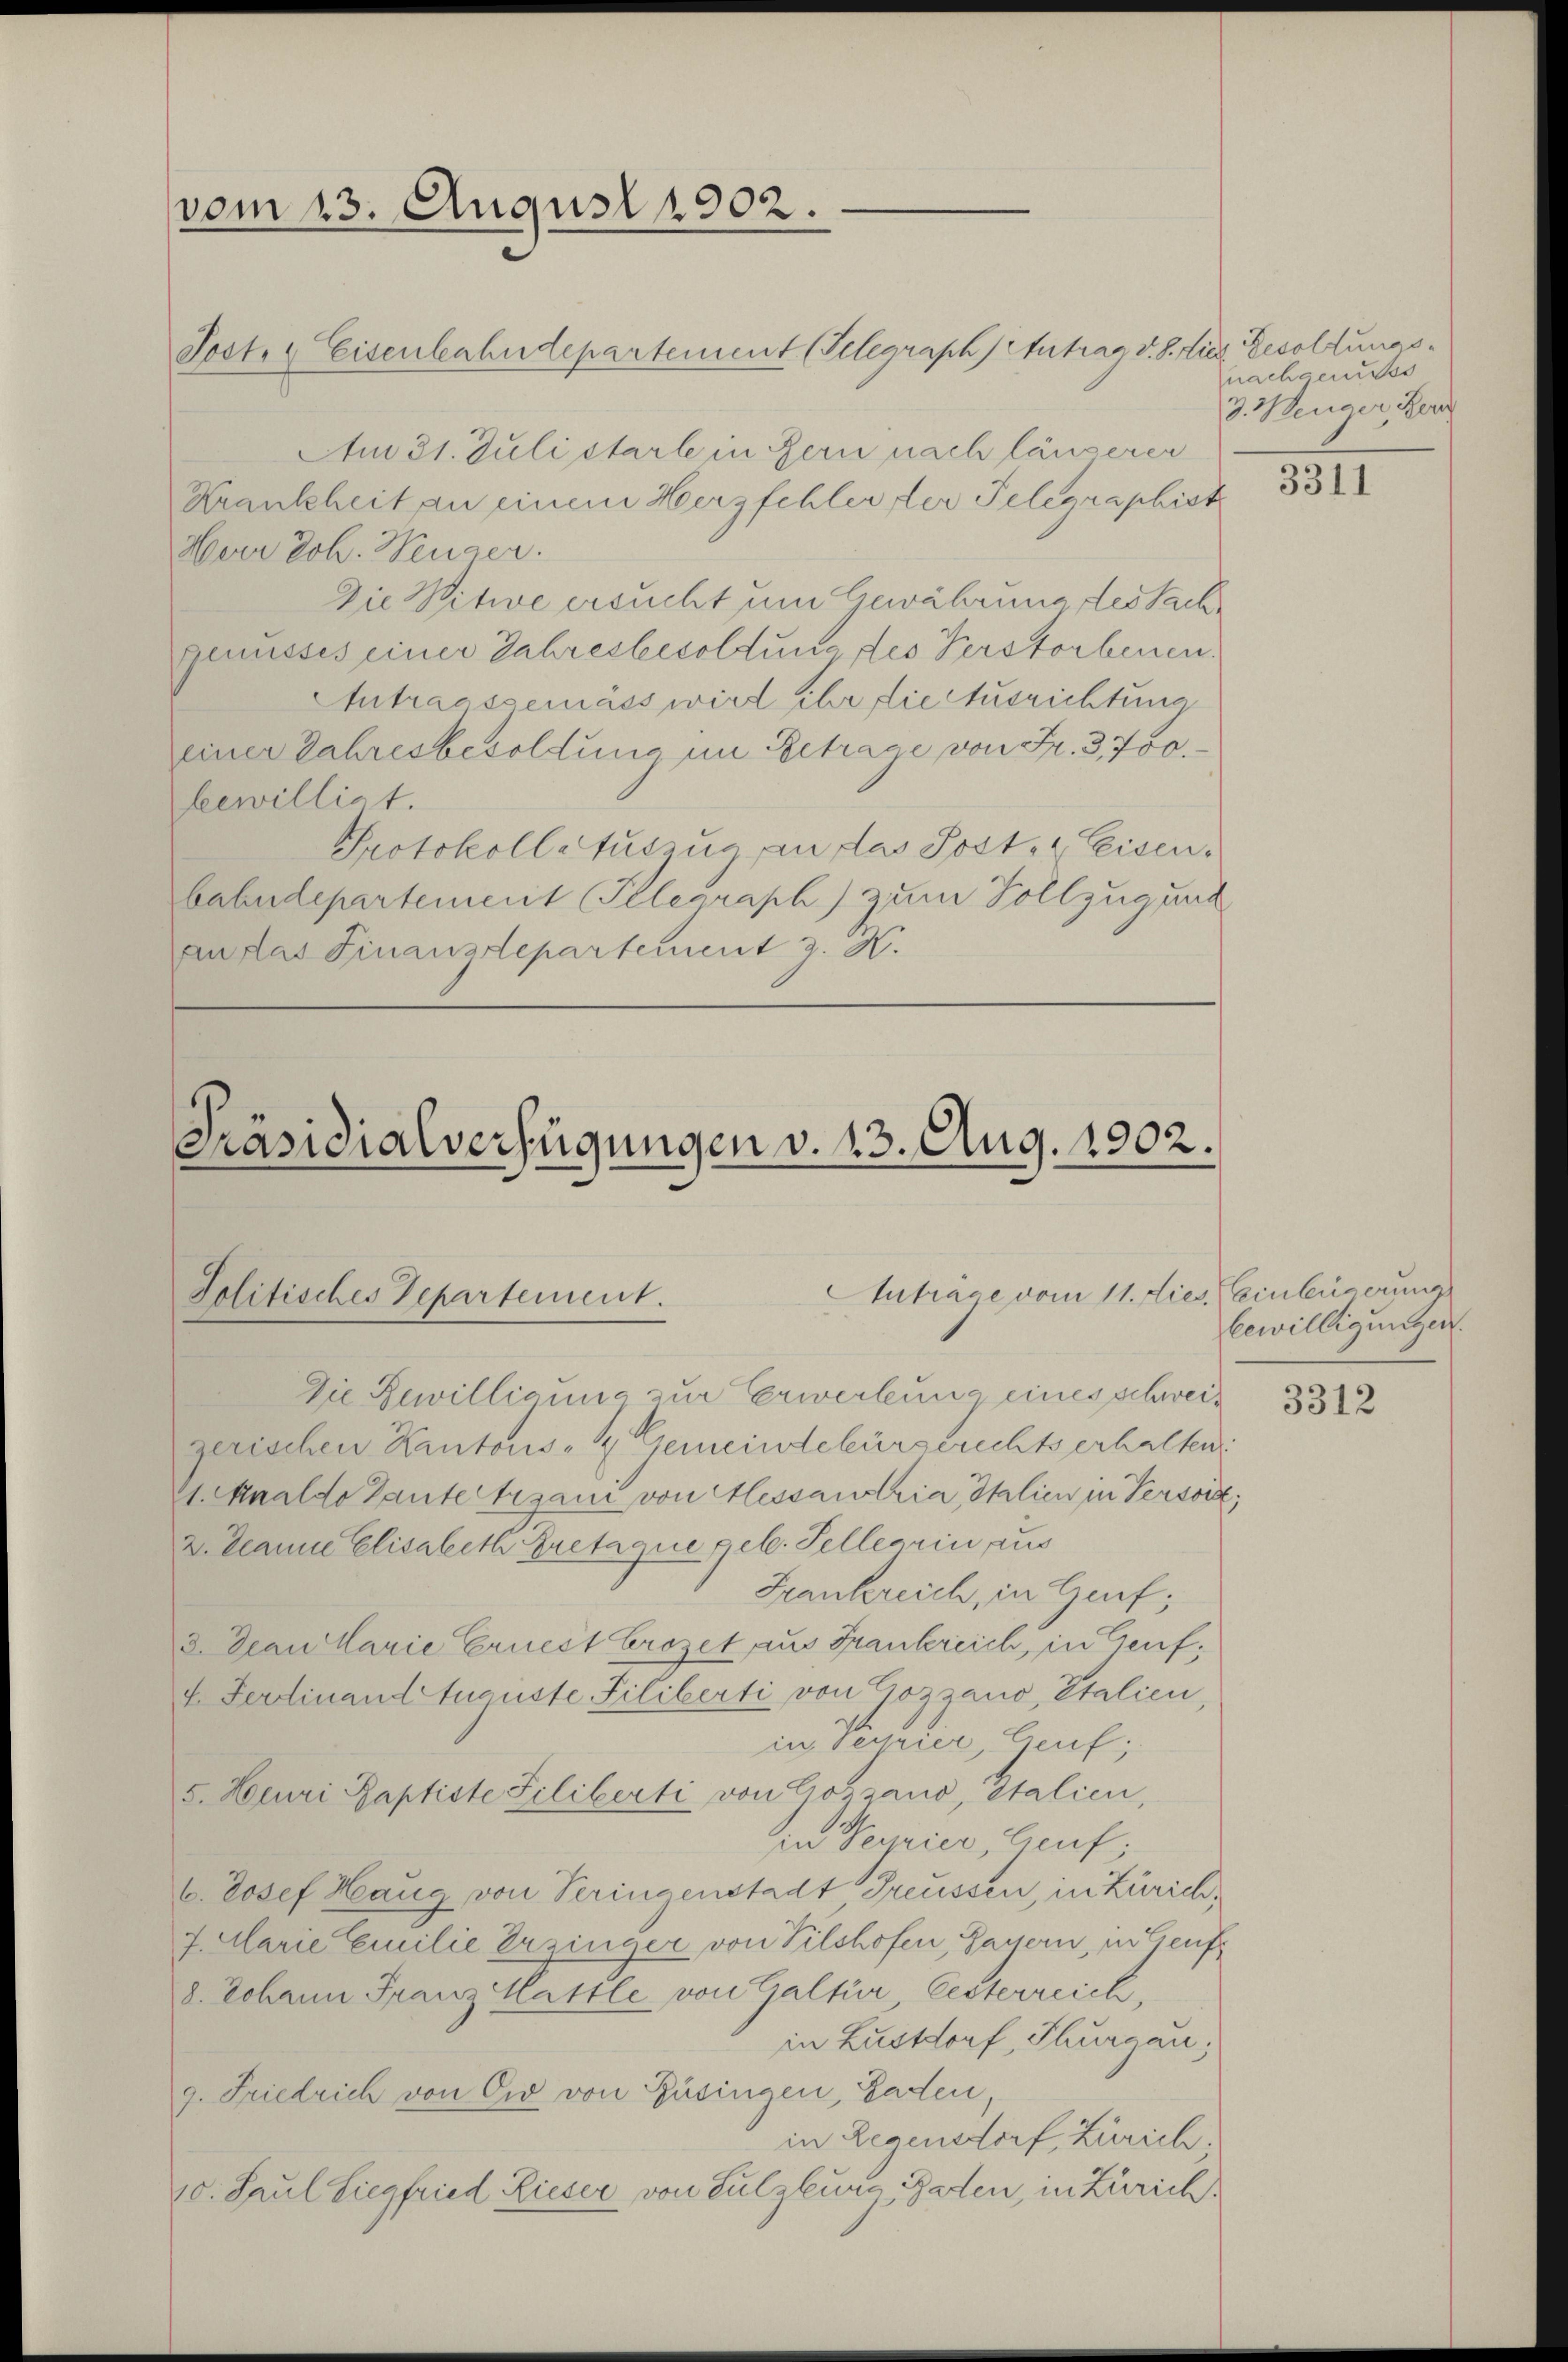
vom 13. August 1902.

Post. Eisenbahndepartement (Telegraph Antrag v. S. Lies Besoldungs¬
Am 31. Juli starle in Bern nach längerer
Krankheit an einem Herzschler der Telegraphist
Herr Joh. Wenger.
Die Witwe ersucht um Gewährung des Sach
genusses einer Jahresbesoldung des Verstorbenen.
Antragsgemäss wird ihr die Ausrichtung
einer Jahresbesoldung im Betrage von Fr. 3, 700.
bewilligt.
Protokoll auszug an das Post- & Eisen.
bahndepartement Telegraph) zum Vollzugung
an das Finanzdepartement z. H.

Anträge vom 11. dies. (Einbürgerung
Jolitisches Departement.

Präsidialverfügungen v. 13. Aug. 1902.

Die Bewilligung zur Erwerbung eines schweiz
zerischen Kantons- & Gemeindebürgerechts erhalten:
11. Maaldo Gante Ursani von Messantria Italien in Persort,
2. Jeanne Elisabeth Bretaque geb. Tellerin aus
Frankreich, in Genf;
2.Dean Marie Gruect Crozet aus Frankreich, in Genf,
4. Ferdinand Auguste Filiberti von Gozzano, Italien,
in Serier, Genf;
5. Heuri Baptiste Liliberti von Gotzano, Italien,
in Teurier, Genf;
b. Josef Haug von Veringenstadt Freussen, in Zürich,
7. Marie Emilie Erzinger von Vilshofen, Payern, in Genf
8. Johann Franz Hattle von Galfür, Gesterreich,
in Lustdorf, Thurgau;
g. Friedrich von Eid von Füsingen, Laden
in Regensdorf, Zürich.
10. Paul Siegfried Lieser von Sulzburg, Gaden, in Zürich.

nachgenuss
3. Wenger, Ber

3311

bewilligungen.

3312